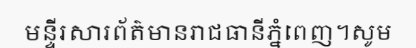
មន្ទីរសារព័ត៌មានរាជធានីភ្នំពេញ។សូម